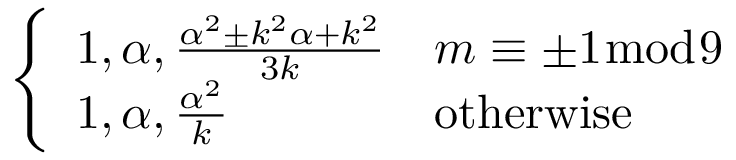
\left\{ \begin{array} { l l } { 1 , \alpha , { \frac { \alpha ^ { 2 } \pm k ^ { 2 } \alpha + k ^ { 2 } } { 3 k } } } & { m \equiv \pm 1 { \bmod { 9 } } } \\ { 1 , \alpha , { \frac { \alpha ^ { 2 } } { k } } } & { { \mathrm { o t h e r w i s e } } } \end{array} \right.